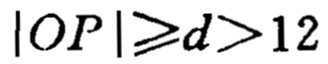
\(|OP|\geqslant d>12\)